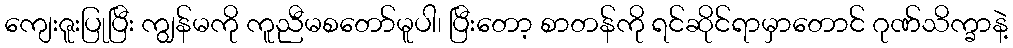
ကျေးဇူးပြုပြီး ကျွန်မကို ကူညီမစတော်မူပါ၊ ပြီးတော့ စာတန်ကို ရင်ဆိုင်ရာမှာတောင် ဂုဏ်သိက္ခာနဲ့